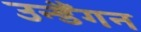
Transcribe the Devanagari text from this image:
उन्डैंगन